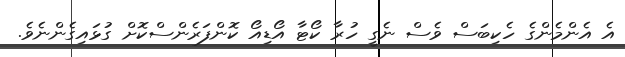
އެ އެންމެންގެ ހެކިބަސް ވެސް ނެގީ ހުރާ ކޯޓާ އޯޑިއޯ ކޮންފަރެންސްކޮށް ގުޅައިގެންނެވެ.